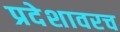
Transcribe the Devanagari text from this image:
प्रदेशावरच